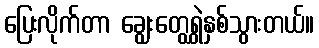
ပြေးလိုက်တာ ချွေးတွေရွှဲနှစ်သွားတယ်။